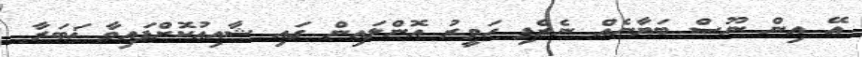
އޭ އިން ނޫސް ބަޔާނެއް ނެރެފި ހަވީރު އޮންލައިން ގައި ޝާއިޢުކޮށްފައިވާ ޚަބަރާ